Calcutta medical institutions reports 1879-81 [i.e.91]
Year: 1879
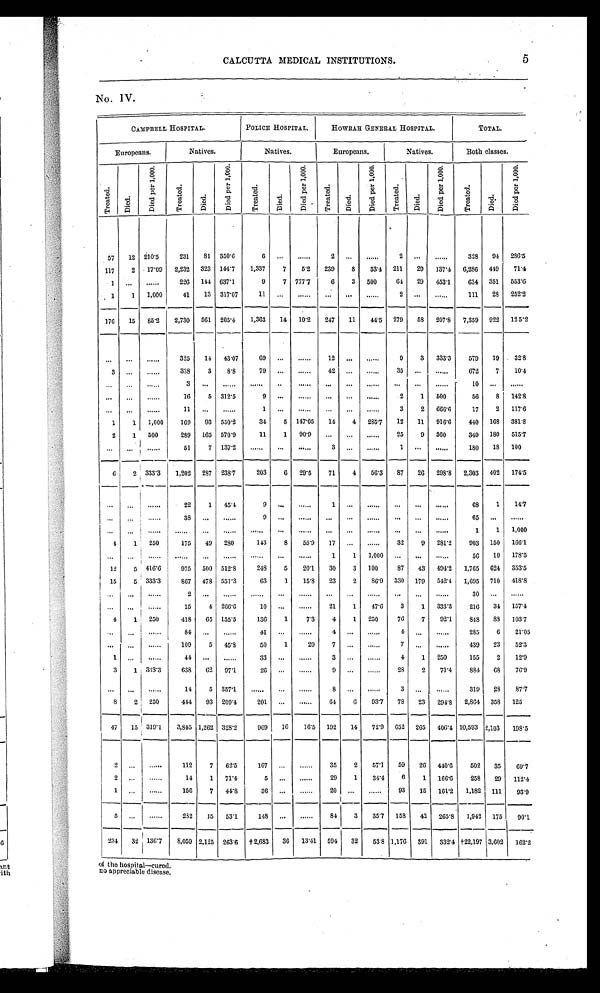
CALCUTTA MEDICAL INSTITUTIONS.
5
N o . I V
CAMPBELL HOSPITAL.
POLICE HOSPITAL.
HOWRAH GENERAL HOSPITAL.
TOTAL
Europeans.
Natives.
Natives.
Europeans.
Natives.
Both classes.
T r e a t e d .
D i e d .
Di e d p e r 1 , 0 0 0 .
T r e a t e d .
Di e d.
Di e d p e r 1 , 0 0 0 .
T r e a t e d .
D i e d .
Di e d p e r 1 , 0 0 0 .
T r e a t e d .
Died.
Di e d p e r 1 , 0 0 0 .
Treated.
Died.
Di ed per 1, 000
Tr e a t e d .
Died.
Di e d p e r 1 , 0 0 0 .
5 7
1 2
2 1 0 . 5
2 3 1
8 1
3 5 0 . 6
6
. . .
. . .
2
. . .
. . .
2
. . .
. . .
3 2 8
9 4
2 8 6 . 5
1 1 7
2
1 7 . 0 9
2 , 2 3 2
3 2 3
1 4 4 . 7
1 , 3 3 7
7
5 . 2
2 3 9
8
3 3 . 4
2 1 1
2 9
1 3 7 . 4
6 , 2 8 6
4 4 9
7 1 . 4
1
. . .
. . .
2 2 6
1 4 4
6 3 7 . 1
9
7
7 7 7 . 7
6
3
5 0 0
6 4
2 9
4 5 3 . 1
6 3 4
3 5 1
5 5 3 . 6
1
1
1 , 0 0 0
4 1
1 3
3 1 7 . 0 7
1 1
. . .
. . .
. . .
. . .
. . .
2
. . .
. . .
1 1 1
2 8
2 5 2 . 2
1 7 6
1 5
8 5 . 2
2 , 7 3 0
5 6 1
2 0 5 . 4
1 , 3 6 3
1 4
1 0 . 2
2 4 7
1 1
4 4 . 5
2 7 9
5 8
2 0 7 . 8
7 , 3 5 9
9 2 2
1 2 5 . 2
. . . . . .
. . .
3 2 5
1 4
4 3 . 0 7
6 9
. . .
. . .
1 2
. . .
. . .
9
3
3 3 3 . 3
5 7 9
1 9
3 2 . 8
3
. . .
. . .
3 3 8
3
8 . 8
7 9
. . .
. . .
4 2
. . .
. . .
3 5
. . .
. . .
6 7 2
7
1 0 . 4
. . .
. . .
. . .
3
. . .
. . .
. . .
. . .
. . .
. . .
. . .
. . .
. . .
. . .
. . .
1 0
. . .
. . .
. . .
. . .
. . .
1 6
5
3 1 2 . 5
9
. . .
. . .
. . .
. . .
. . .
2
1
5 0 0
5 6
8
1 4 2 . 8
. . . . . .
. . .
1 1
. . .
. . .
1
. . .
. . .
. . .
. . .
. . .
3
2
6 6 6 . 6
1 7
2
1 1 7 . 6
1
1
1 , 0 0 0
1 6 9
9 3
5 3 0 . 2
3 4
5
1 4 7 . 0 5
1 4
4
2 8 5 . 7
1 2
1 1
9 1 6 . 6
4 4 0
1 6 8
3 8 1 . 8
2
1
5 0 0
2 8 9
1 6 5
5 7 0 . 9
1 1
1
9 0 . 9
. . .
. . .
. . .
2 5
9
3 6 0
3 4 9
1 8 0
5 1 5 . 7
. . . . . .
. . .
5 1
7
1 3 7 . 2
. . .
. . .
. . .
3
. . .
. . .
1
. . .
. . .
1 8 0
1 8
1 0 0
6
2
3 3 3 . 3
1 , 2 0 2
2 8 7
2 3 8 . 7
2 0 3
6
2 9 . 5
7 1
4
5 6 . 3
8 7
2 6
2 9 8 . 8
2 , 3 0 3
4 0 2
1 7 4 . 5
. . . . . .
. . .
2 2
1
4 5 . 4
9
. . .
. . .
1
. . .
. . .
. . .
. . .
. . .
6 8
1
1 4 . 7
. . . . . .
. . .
3 8
. . .
. . .
9
. . .
. . .
. . .
. . .
. . .
. . . . . .
. . .
6 5
. . .
. . .
. . .
. . .
. . .
. . .
. . .
. . .
. . .
. . .
. . .
. . .
. . .
. . .
. . .
. . .
. . .
1
1
1 , 0 0 0
4
1
2 5 0
1 7 5
4 9
2 8 0
1 4 3
8
5 5 . 9
1 7
. . .
. . .
3 2
9
2 8 1 . 2
9 0 3
1 5 0
1 6 6 . 1
. . .
. . .
. . .
. . .
. . .
. . .
. . .
. . .
. . .
1
1
1 , 0 0 0
. . .
. . .
. . .
5 6
1 0
1 7 8 . 5
1 2
5
4 1 6 . 6
9 7 5
5 0 0
5 1 2 . 8
2 4 8
5
2 0 . 1
3 0
3
1 0 0
8 7
4 3
4 9 4 . 2
1 , 7 6 5
6 2 4
3 5 3 . 5
1 5
5
3 3 3 . 3
8 6 7
4 7 8
5 5 1 . 3
6 3
1
1 5 . 8
2 3
2
8 6 . 9
3 3 0
1 7 9
5 4 2 . 4
1 , 6 0 5
7 1 0
4 1 8 . 8
. . .
. . .
. . .
2
. . .
. . .
. . .
. . .
. . .
. . .
. . .
. . .
. . .
. . .
. . .
3 0
. . .
. . .
. . .
. . .
. . .
1 5
4
2 6 6 . 6
1 0
. . .
. . .
2 1
1
4 7 . 6
3
1
3 3 3 . 3
2 1 6
3 4
1 5 7 . 4
4
1
2 5 0
4 1 8
6 5
1 5 5 . 5
1 3 6
1
7 . 3
4
1
2 5 0
7 6
7
9 2 . 1
8 4 8
8 8
1 0 3 . 7
. . .
. . .
. . .
8 4
. . .
. . .
4 1
. . .
. . .
4
. . .
. . .
4
. . .
. . .
2 8 5
6
2 1 . 0 5
. . .
. . .
. . .
1 0 9
5
4 5 . 8
5 0
1
2 0
7
. . .
. . .
7
. . .
. . .
4 3 9
2 3
5 2 . 3
1
. . .
. . .
4 4
. . .
. . .
3 3
. . .
. . .
3
. . .
. . .
4
1
2 5 0
1 5 5
2
1 2 . 9
3
1
3 3 3 . 3
6 3 8
6 2
9 7 . 1
2 6
. . .
. . .
9
. . .
. . .
2 8
2
7 1 . 4
8 8 4
6 8
7 6 . 9
. . .
. . .
. . .
1 4
5
3 5 7 . 1
. . .
. . .
. . .
8
. . .
. . .
3
. . .
. . .
3 1 9
2 8
8 7 . 7
8
2
2 5 0
4 4 4
9 3
2 0 9 . 4
2 0 1
. . .
. . .
6 4
6
9 3 . 7
7 8
2 3
2 9 4 . 8
2 , 8 6 4
3 5 8
1 2 5
4 7
1 5
3 1 9 . 1
3 , 8 4 5
1 , 2 6 2
3 2 8 . 2
9 6 9
1 6
1 6 . 5
1 9 2
1 4
7 2 . 0
6 5 2
2 6 5
4 0 6 . 4
1 0 , 5 9 3
2 , 1 0 3
1 9 8 . 5
2
. . .
. . .
1 1 2
7
6 2 . 5
1 0 7
. . .
. . .
3 5
2
5 7 . 1
5 9
2 6
4 4 0 . 6
5 0 2
3 5
6 9 . 7
2
. . .
. . .
1 4
1
7 1 . 4
5
. . .
. . .
2 9
1
3 4 . 4
6 1
1 6 6 . 6
2 5 8
2 9
1 1 2 . 4
1
. . .
. . .
1 5 6
7
4 4 . 8
3 6
. . .
. . .
2 0
. . .
. . .
9 3
1 5
1 6 1 . 2
1 , 1 8 2
1 1 1
9 3 . 9
5
. . .
. . .
2 3 2
1 5
5 3 . 1
1 4 8
. . .
. . .
8 4
3
3 5 . 7
1 5 8
4 2
2 6 5 . 8
1 , 9 4 2
1 7 5
9 0 . 1
2 3 4
3 2
1 3 6 . 7
8 , 0 5 9
2 , 1 2 5
2 6 3 . 6
† 2 , 6 8 3
3 6
1 3 . 4 1
5 9 4
3 2
5 3 . 8
1 , 1 7 6
3 9 1
3 3 2 . 4
† 2 2 , 1 9 7
3 , 6 0 2
1 6 2 . 2
of the hospital—cured.
no appreciable disease.